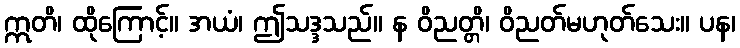
ဣတိ၊ ထိုကြောင့်။ အယံ၊ ဤသဒ္ဒသည်။ န ဝိညတ္တိ၊ ဝိညတ်မဟုတ်သေး။ ပန၊